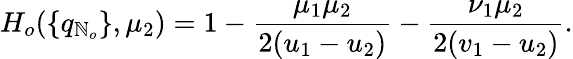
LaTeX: H_{o}(\{ q_{\mathbb{N}_{o}}\} ,\mu_{2})=1-\frac{{\mu_{1}\mu_{2}}}{{2(u_{1}-u_{2})}}-\frac{{\nu_{1}\mu_{2}}}{{2(v_{1}-u_{2})}}.